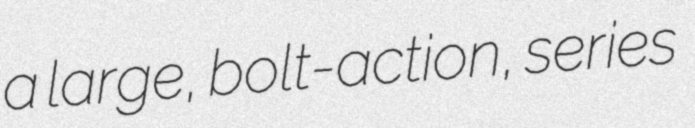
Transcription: a large, bolt-action, series